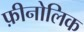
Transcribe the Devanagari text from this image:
फ़ीनोलिक